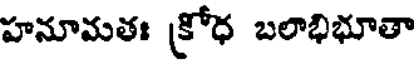
హనూమతః క్రోధ బలాభిభూతా